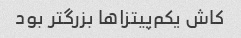
کاش یکم‌پیتزاها بزرگتر بود